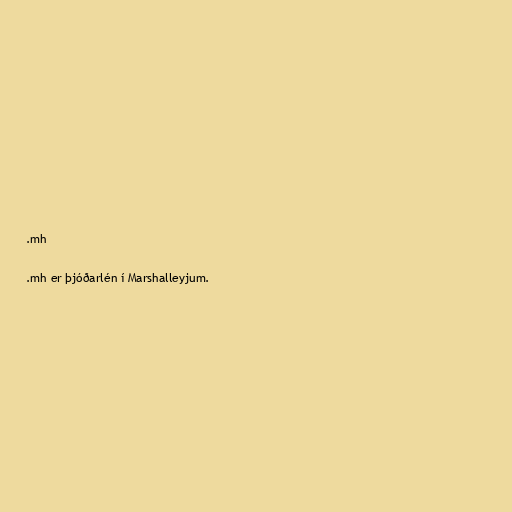
.mh

.mh er þjóðarlén í Marshalleyjum.